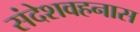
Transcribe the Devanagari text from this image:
संदेशवहनास